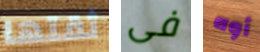
ثقتها فى أوه